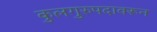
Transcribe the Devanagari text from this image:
कुलगुरुपदावरून